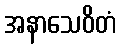
အနာသေဝိတံ